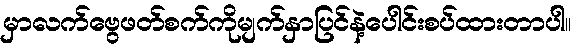
မှာလက်ဗွေဖတ်စက်ကိုမျက်နှာပြင်နဲ့ပေါင်းစပ်ထားတာပါ။